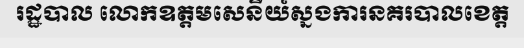
រដ្ឋបាល លោកឧត្តមសេនីយ៍ស្នងការនគរបាលខេត្ត